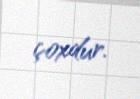
çoxdur.